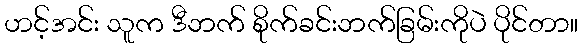
ဟင့်အင်း သူက ဒီဘက် စိုက်ခင်းဘက်ခြမ်းကိုပဲ ပိုင်တာ။